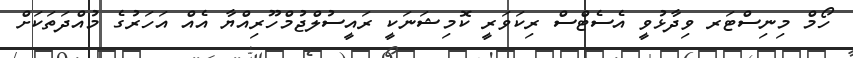
ހޯމް މިނިސްޓަރ ވިދާޅުވީ އެސެޓްސް ރިކަވަރީ ކޮމިޝަނަކީ ރައީސުލްޖުމްހޫރިއްޔާ އެއް އަހަރުގެ މުއްދަތަކަށް